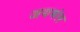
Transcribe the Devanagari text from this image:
जयमंल